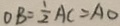
O B = \frac { 1 } { 2 } A C = A O